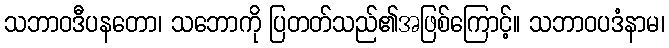
သဘာဝဒီပနတော၊ သဘောကို ပြတတ်သည်၏အဖြစ်ကြောင့်။ သဘာဝပဒံနာမ၊